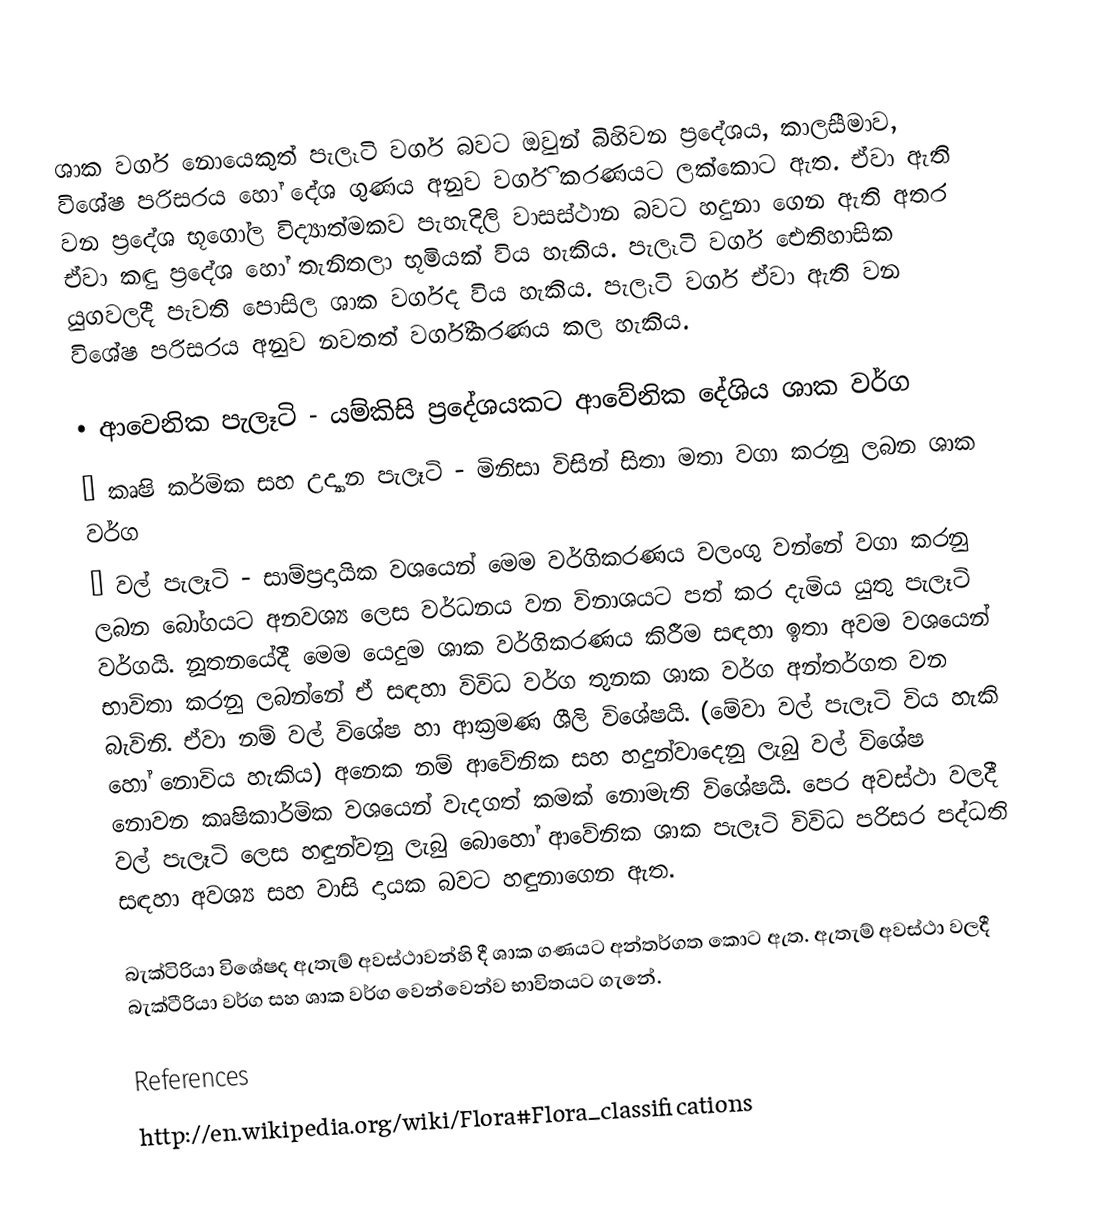
ශාක වර්ග නොයෙකුත් පැලෑටි වර්ග බවට ඔවුන් බිහිවන ප්‍රදේශය, කාලසීමාව, විශේෂ පරිසරය හෝ දේශ ගුණය අනුව වර්ගි කරණයට ලක්කොට ඇත. ඒව‍ා ඇති වන ප්‍රදේශ භූගෝල විද්‍යාත්මකව පැහැදිලි වාසස්ථාන බවට හදුනා ගෙන ඇති අතර ඒවා කඳු ප්‍රදේශ හෝ තැනිතලා භූමියක් විය හැකිය. පැලෑටි වර්ග ඓතිහාසික යුගවලදී පැවති පොසිල ශාක වර්ගද විය හැකිය. පැලෑටි වර්ග ඒවා ඇති වන විශේෂ පරිසරය අනුව නවතත් වර්ගීකරණය කල හැකිය.

•	ආවෙනික පැලෑටි - යම්කිසි ප්‍රදේශයකට ආවේනික දේශිය ශාක වර්ග
•	කෘෂි කර්මික සහ උද්‍යාන පැලෑටි - මිනිසා විසින් සිතා මතා වගා කරනු ලබන ශාක වර්ග
•	වල් පැලෑටි - සාම්ප්‍රදායික වශයෙන් මෙම වර්ගිකරණය වලංගු වන්නේ වගා කරනු ලබන බෝගයට අනවශ්‍ය ලෙස වර්ධනය වන විනාශයට පත් කර දැමිය යුතු පැලෑටි වර්ගයි. නූතනයේදී මෙම යෙදුම ශාක වර්ගිකරණය කිරීම සඳහා ඉතා අවම වශයෙන් භාවිතා කරනු ලබන්නේ ඒ සඳහා විවිධ වර්ග තුනක ශාක වර්ග අන්තර්ගත වන බැවිනි. ඒවා නම් වල් විශේෂ හා ආක්‍රමණ ශීලි විශේෂයි. (මේවා වල් පැලෑටි විය හැකි හෝ නොවිය හැකිය) අනෙක නම් ආවේනික සහ හදුන්වාදෙනු ලැබු වල් විශේෂ නොවන කෘෂිකාර්මික වශයෙන් වැදගත් කමක් නොමැති විශේෂයි. පෙර අවස්ථා වලදී වල් පැලෑටි ලෙස හඳුන්වනු ලැබු බොහෝ ආවේනික ශාක පැලෑටි විවිධ පරිසර පද්ධති සඳහා අවශ්‍ය සහ වාසි දායක බවට හඳුනාගෙන ඇත.

බැක්ටිරියා විශේෂද ඇතැම් අවස්ථාවන්හි දී ශාක ගණයට අන්තර්ගත කොට ඇත. ඇතැම් අවස්ථා වලදී බැක්ටීරියා වර්ග සහ ශාක වර්ග වෙන්වෙන්ව භාවිතයට ගැනේ.

References
http://en.wikipedia.org/wiki/Flora#Flora_classifications